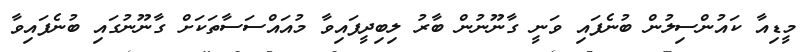
މީޑިއާ ކައުންސިލުން ބުނެފައި ވަނީ ގާނޫނުން ބާރު ލިބިދީފައިވާ މުއައްސަސާތަކަށް ގާނޫނުގައި ބުނެފައިވާ